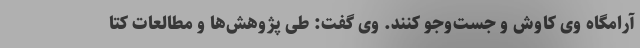
آرامگاه وی کاوش و جست‌وجو کنند. وی گفت: طی پژوهش‌ها و مطالعات کتا